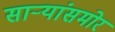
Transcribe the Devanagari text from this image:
साऱ्यांसमोर